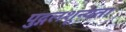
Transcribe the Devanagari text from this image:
पुद्गलशून्यता